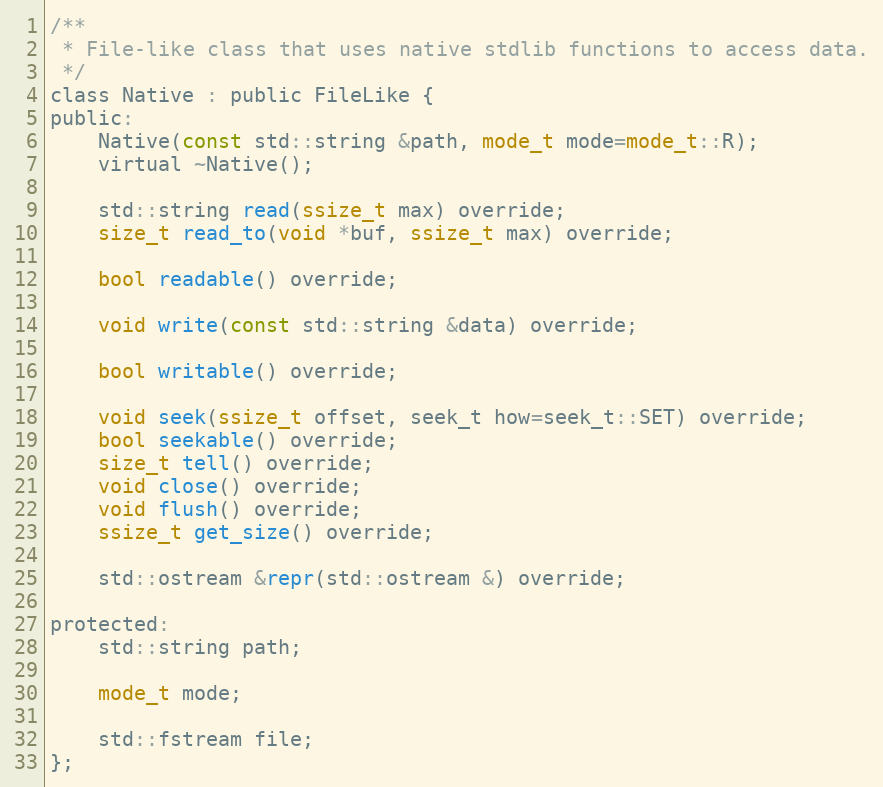
Language: C
/**
 * File-like class that uses native stdlib functions to access data.
 */
class Native : public FileLike {
public:
	Native(const std::string &path, mode_t mode=mode_t::R);
	virtual ~Native();

	std::string read(ssize_t max) override;
	size_t read_to(void *buf, ssize_t max) override;

	bool readable() override;

	void write(const std::string &data) override;

	bool writable() override;

	void seek(ssize_t offset, seek_t how=seek_t::SET) override;
	bool seekable() override;
	size_t tell() override;
	void close() override;
	void flush() override;
	ssize_t get_size() override;

	std::ostream &repr(std::ostream &) override;

protected:
	std::string path;

	mode_t mode;

	std::fstream file;
};